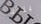
بللت